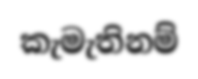
කැමැතිනම්